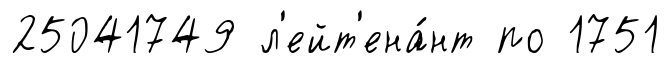
25041749 л'ейт'ена́нт по 1751